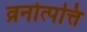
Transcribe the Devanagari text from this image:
व्रनोत्पत्ति